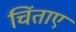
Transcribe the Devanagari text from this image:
चिंताए